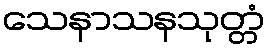
သေနာသနသုတ္တံ